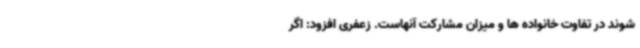
شوند در تفاوت خانواده ها و میزان مشارکت آنهاست. زعفری افزود: اگر